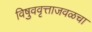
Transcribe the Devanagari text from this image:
विषुववृत्ताजवळचा